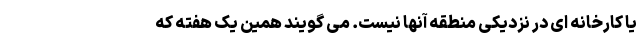
یا کارخانه ای در نزدیکی منطقه آنها نیست. می گویند همین یک هفته که